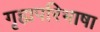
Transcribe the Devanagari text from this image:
गृह्यपरिभाषा